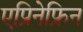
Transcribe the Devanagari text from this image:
एप्रिनेफ्रिन